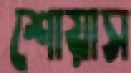
শোয়াস